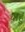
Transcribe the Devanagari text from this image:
चाहुं